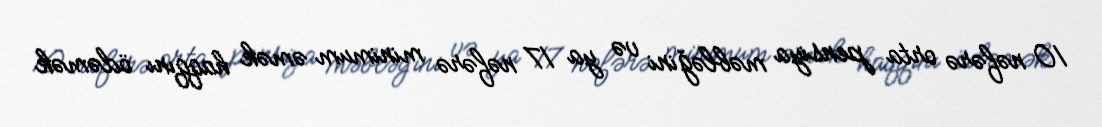
10 nəfərə orta pensiya məbləğini və ya 17 nəfərə minimum əmək haqqını ödəmək